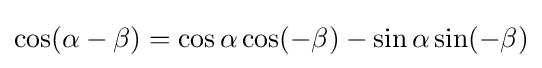
\cos(\alpha -\beta )=\cos \alpha \cos(-\beta )-\sin \alpha \sin(-\beta )